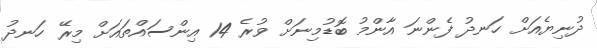
ދުނިޔެއަށް ހަނދު ފެންނަ އާންމު ބޮޑުމިނަށް ވުރެ 14 އިންސައްތައަށް މިރޭ ހަނދު